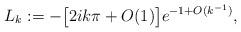
LaTeX: \begin{align*}L_k:=-\big[2ik\pi +O(1)\big] e^{-1 +O(k^{-1})} ,\end{align*}